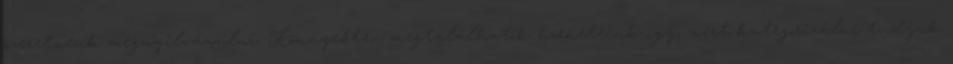
szeretnénk megnyilvánulni. Könnyebben megtalálhatók üzeneteink így, mert kategorizálni tudjuk